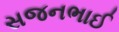
સજનભાઈ